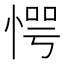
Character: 愕